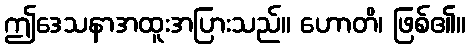
ဤဒေသနာအထူးအပြားသည်။ ဟောတိ၊ ဖြစ်၏။